Punjab Mental Hospital Lahore 1932-46 - 1932-1946
Year: 1932
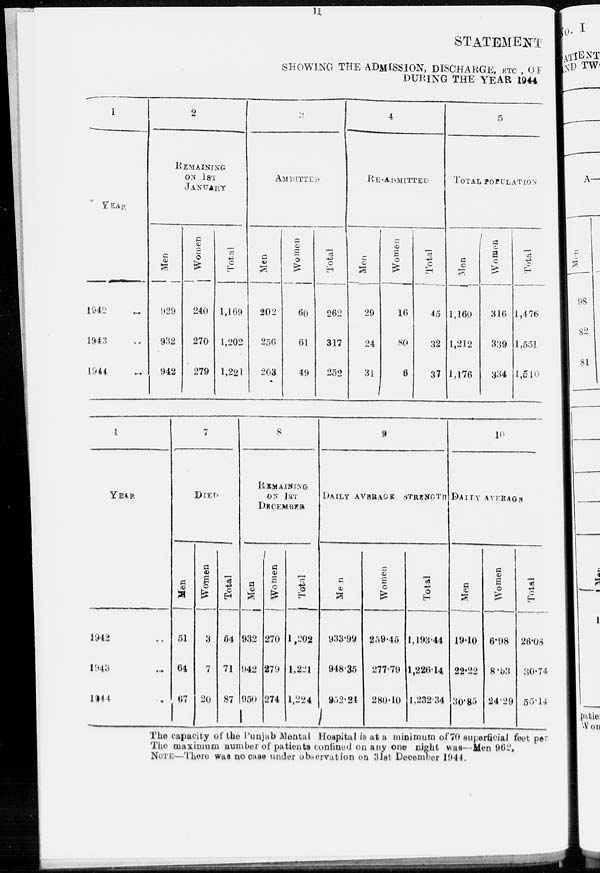
11
STATEMENT
SHOWING THE ADMISSION, DISCHARGE, ETC , OF
DURING THE YEAR 1944
1
YEAR
1942 ...
1943 ...
1944 ...
2
REMAINING
ON 1ST
JANUARY
Men
929
932
942
Women
240
270
279
Total
1,169
1,202
1,221
3
ADMITTED
Men
202
256
203
Women
60
61
49
Total
262
317
252
4
RE-ADMITTED
Men
29
24
31
Women
16
80
6
Total
45
32
37
5
TOTAL POPULATION
Men
1,160
1,212
1,176
Women
316
339
334
Total
1,476
1,551
1,510
1
YEAR
1942 ...
1943 ...
1844 ...
7
DIED
Men
51
64
67
Women
3
7
20
Total
54
71
87
8
REMAINING
ON 1ST
DECEMBER
Men
932
942
950
Women
270
279
274
Total
1,202
1,221
1,224
9
DAILY AVERAGE STRENGTH
Men
933.99
948.35
952.24
Women
259.45
277.79
280.10
Total
1,193.44
1,226.14
1,232.34
10
DAILY AVERAGE
Men
19.10
22.22
30.85
Women
6.98
8.53
24.29
Total
26.08
30.74
55.14
The capacity of the Punjab Mental Hospital is at a minimum of 70 superficial feet per
The maximum number of patients confined on any one night was–Men 962,
NOTE:—There was no case under observation on 31st December 1944.